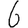
Digit: 6